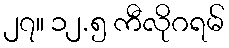
၂၇။ ၁၂.၅ ကီလိုဂရမ်